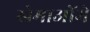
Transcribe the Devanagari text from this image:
खेमाओंमे